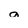
Character: a